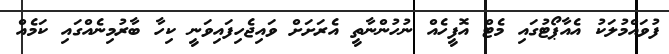
ފުވައްމުލަކު އެއާޕޯޓުގައި މެޓް އޮފީހެއް ނުހުންނާތީ އެރަށަށް ވައިޖެހިފައިވަނީ ކިހާ ބާރުމިނެއްގައި ކަމެއް